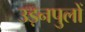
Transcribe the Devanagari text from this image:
उड़नपुलों